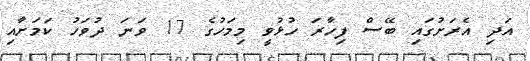
އަދި އެރަށުގައި ބޭސް ފިހާރަ ހުޅުވީ މިމަހުގެ 17 ވަނަ ދުވަހު ކަަމަށާއި